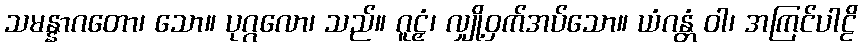
သမန္နာဂတော၊ သော။ ပုဂ္ဂလော၊ သည်။ ဂူဠှံ၊ လျှို့ဝှက်အပ်သော။ ယံဂန္တံ ဝါ၊ အကြင်ပါဠိ